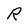
Character: R